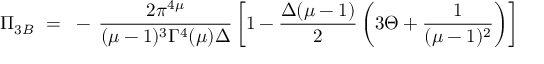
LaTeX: \Pi _ { 3 B } ~ = ~ - \, \frac { 2 \pi ^ { 4 \mu } } { ( \mu - 1 ) ^ { 3 } \Gamma ^ { 4 } ( \mu ) \Delta } \left[ 1 - \frac { \Delta ( \mu - 1 ) } { 2 } \left( 3 \Theta + \frac { 1 } { ( \mu - 1 ) ^ { 2 } } \right) \right]